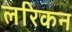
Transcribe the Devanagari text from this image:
लरिकन